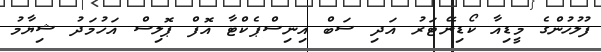
ފުލުހުންގެ މީޑިއާ ކޯޑިނޭޓަރު އަދި ސަބް އިނިސްޕެކްޓާ އޮފް ޕޮލިސް އަހުމަދު ޝިޔާމު